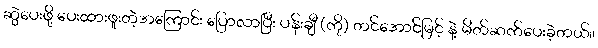
ဆွဲပေးဖို့ ပေးထားဖူးတဲ့အကြောင်း ပြောလာပြီး ပန်းချီ (ကို) တင်အောင်မြင့် နဲ့ မိတ်ဆက်ပေးခဲ့တယ်။